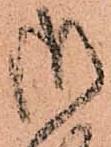
御